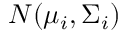
N ( \mu _ { i } , \Sigma _ { i } )